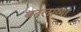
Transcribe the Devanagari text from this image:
बदलाव्या